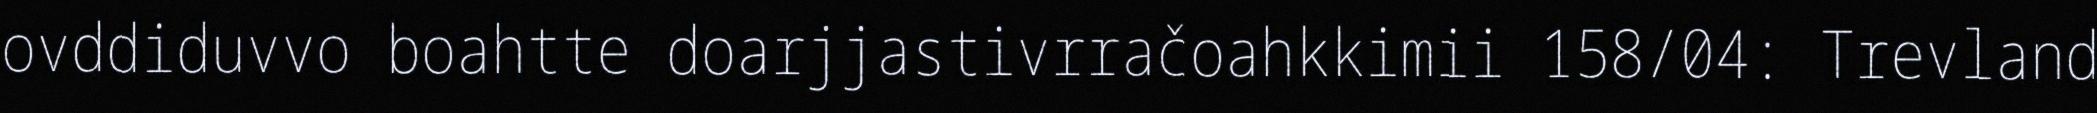
ovddiduvvo boahtte doarjjastivrračoahkkimii 158/04: Trevland